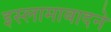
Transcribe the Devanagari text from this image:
इस्लामाबादने